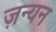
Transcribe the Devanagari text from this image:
ज़न्यन